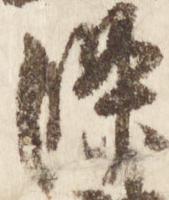
条